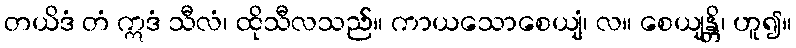
တယိဒံ တံ ဣဒံ သီလံ၊ ထိုသီလသည်။ ကာယသောစေယျံ၊ လ။ စေယျန္တိ၊ ဟူ၍။